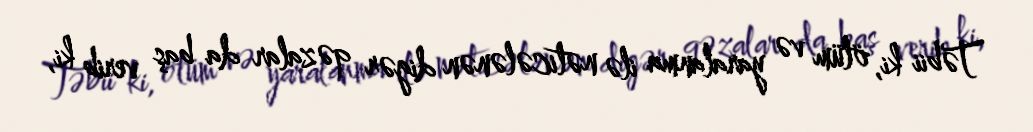
Təbii ki, ölüm və yaralanma ilə nəticələnən digər qəzalar da baş verib ki,